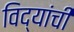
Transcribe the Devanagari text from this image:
विद्यांची